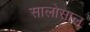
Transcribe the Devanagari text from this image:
सालोसाल